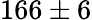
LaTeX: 166\pm 6